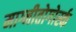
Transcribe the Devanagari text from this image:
माग्नीतोगोर्स्क